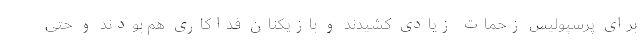
برای پرسپولیس زحمات زیادی کشیدند و بازیکنان فداکاری هم بودند و حتی